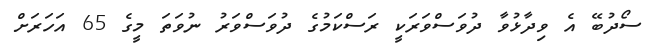
ސޯދުބޭ އެ ވިދާޅުވާ ދުވަސްވަރަކީ ރަސްކަމުގެ ދުވަސްވަރު ނުވަތަ މީގެ 65 އަހަރަށް